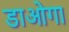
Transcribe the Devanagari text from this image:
डाओगा